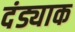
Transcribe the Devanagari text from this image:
दंड्याक